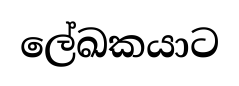
ලේඛකයාට